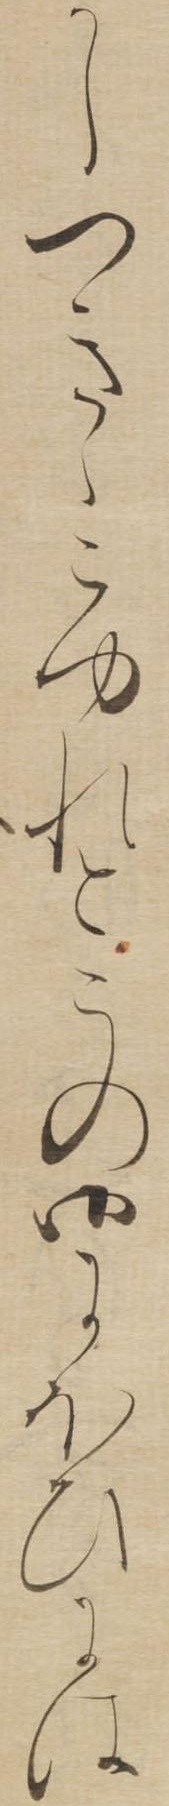
かしつきゝこゆれとこの御にほひには